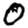
Digit: 0